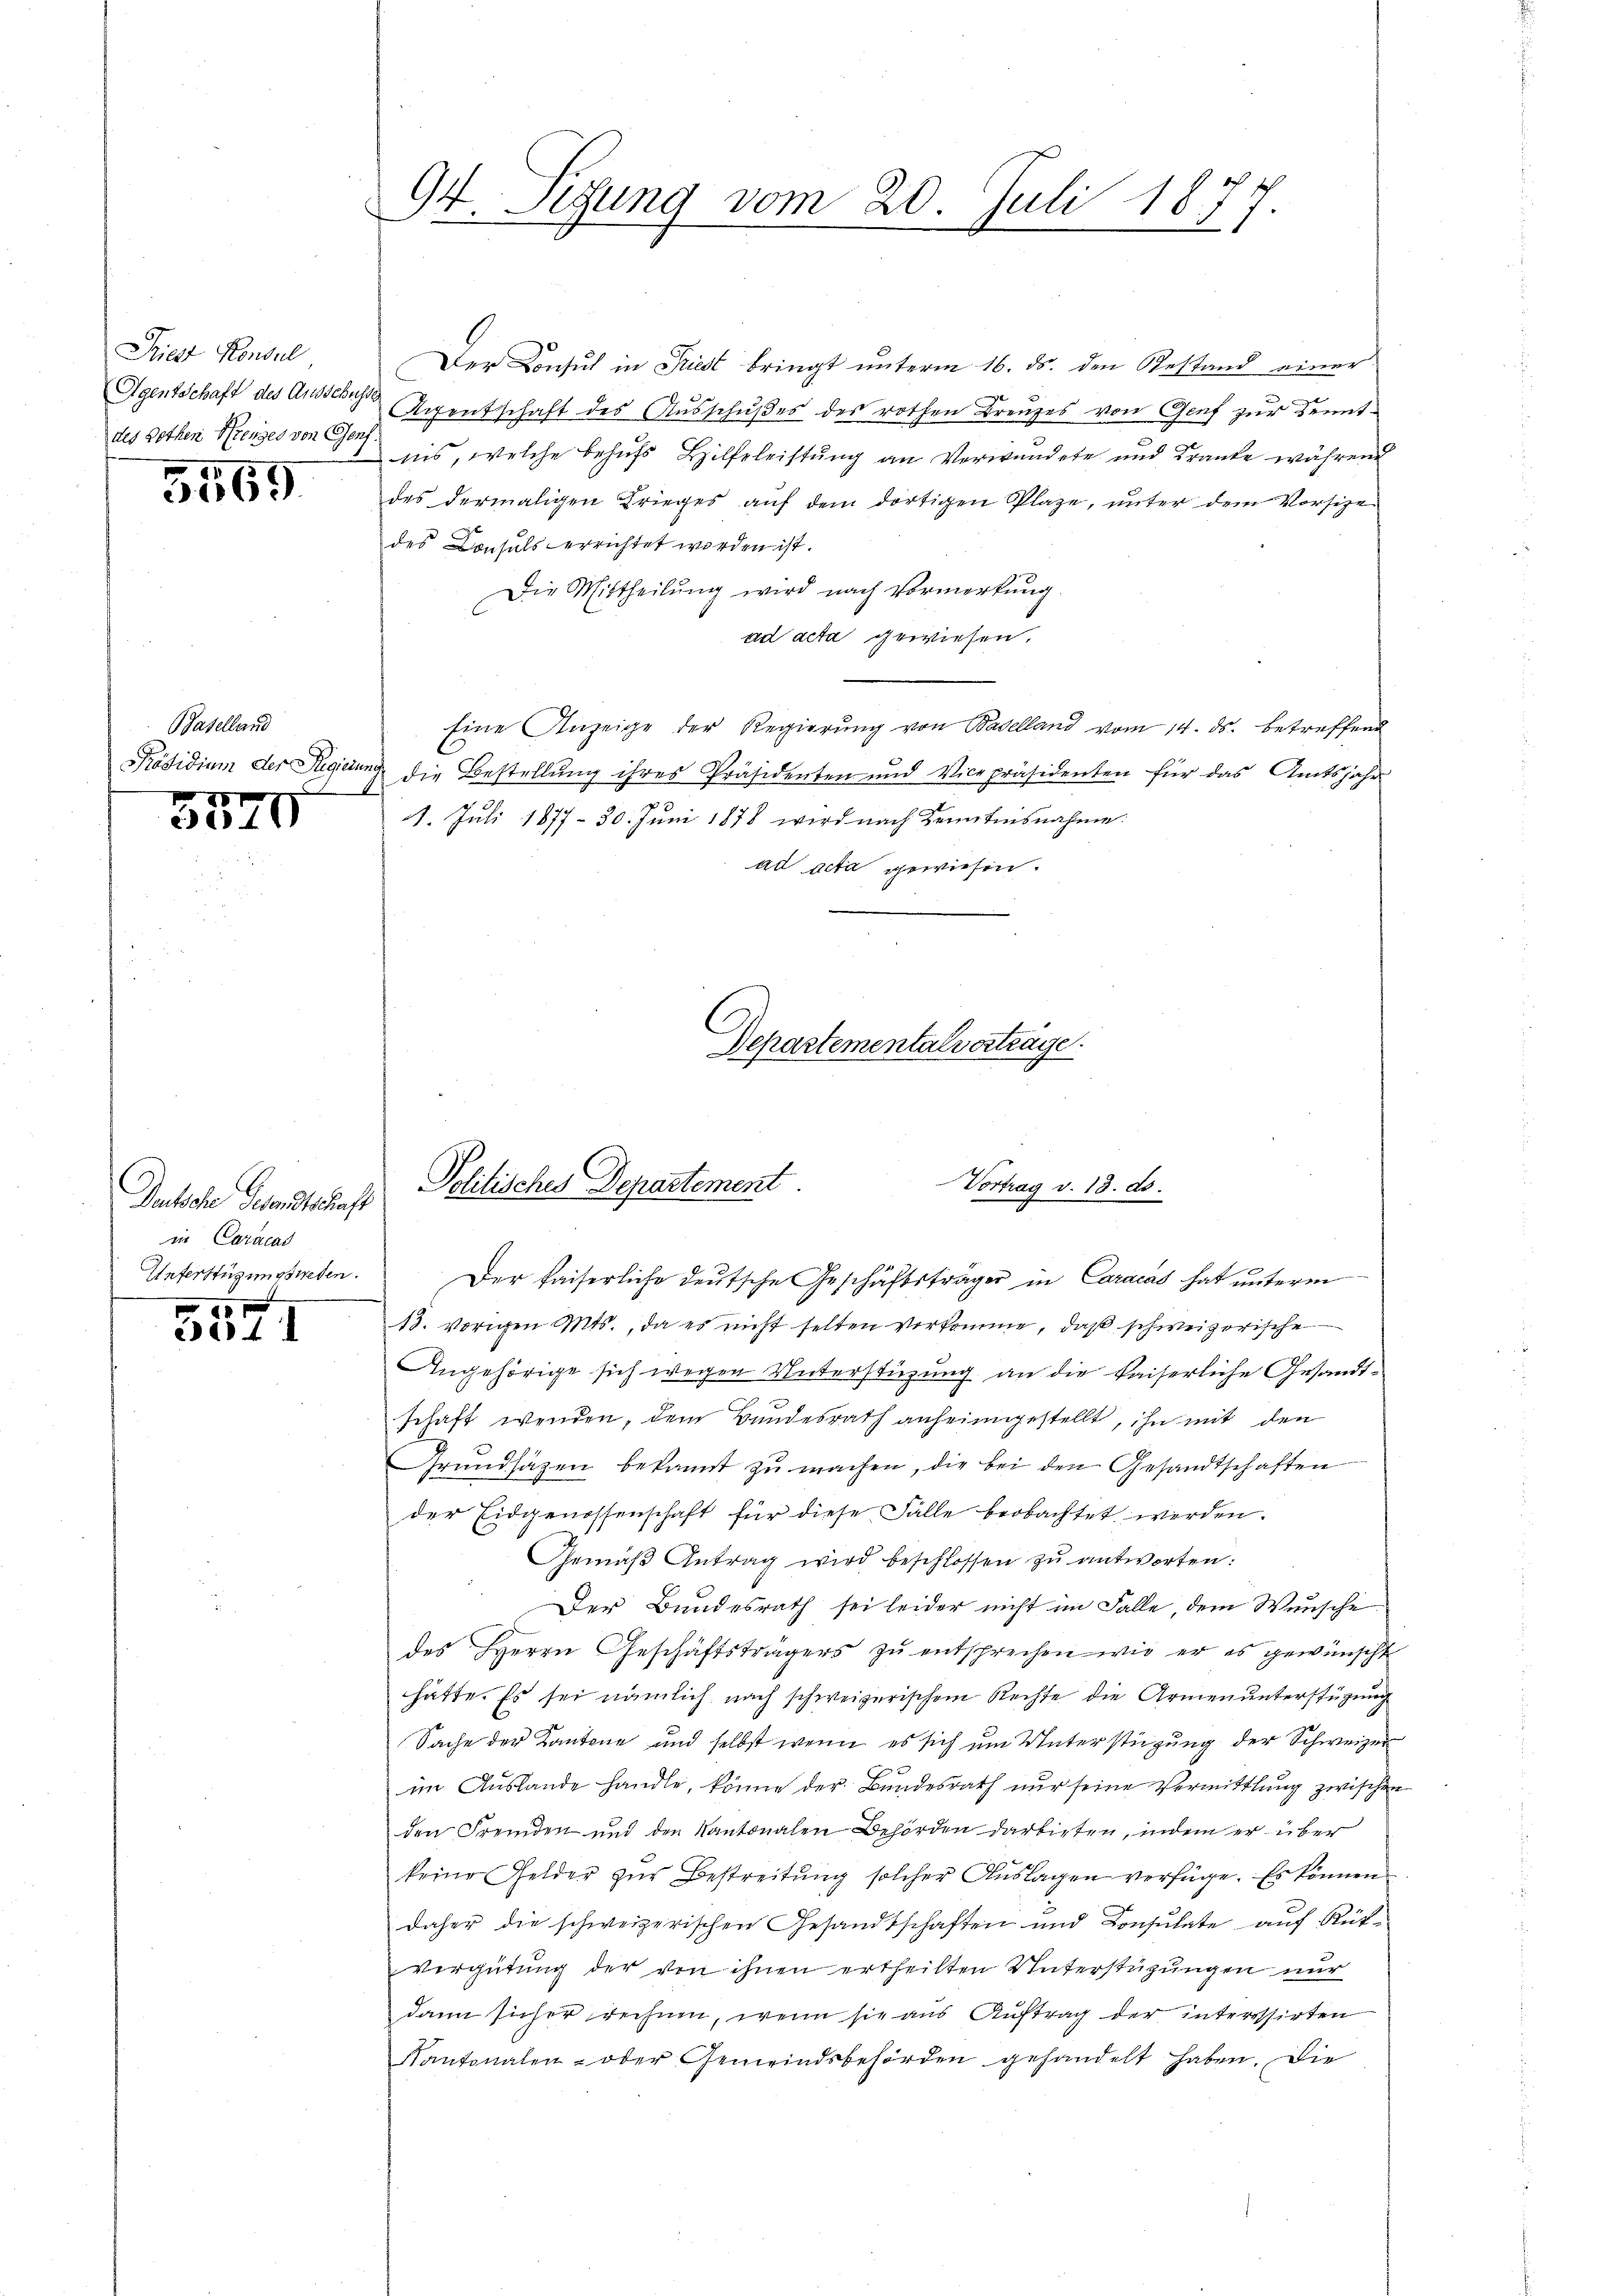
Priest Konsul
des Gothen Brenges von Geni

5569

Baselland
201

3010

Deutsche Gesandtschaft
in Caracas
Unferstüzungswesen.

s
x
24 I

.
17. Sitzung vom 20. Juli 1877.

Der Consul in Triest bringt unterm 16. ds. den Restand einer
Agentschaft des Aussche Regentschaft des Ausschußes des rothen Kreuzes von Genf zur Kenntnis, welche behufs Hilfeleistung an Verwundete und Kranke während
des dermaligen Krieges auf dem dortigen Plaze, unter dem Vorsitze
des Consuls errichtet worden ist.
Die Mittheilung wird nach Vormerkung.
ad acta gewiesen.
Eine Anzeige der Regierŭng von Baselland vom 14. ds. betreffend
Präsidium der Regierung die Bestellung ihres Präsidenten und Vicepräsidenten für das Amtsjahr
e
14. Juli 1877 - 30. Juni 1878 wird nach Kenntnisnahme.
ad acta gewiesen.

Politisches Departement
Vortrag v. 13. ds.

Departementalverträge.

Der kaiserliche deutsche Geschäftsträger in Caracas hat unterm
18. vorigen Mts., da es nicht selten verkomme, daß schweizerische
Angehörige sich wegen Unterstüzung an die kaiserliche Gesandtschaft wenden, dem Bundesrath anheimgestellt, ihn mit den
Grundsätzen bekannt zu machen, die bei den Gesandtschaften
der Eidgenossenschaft für diese Fälle beobachtet werden.
Gemäβ Antrag wird beschlossen zŭ antworten:
Der Bundesrath sei leider nicht im Falle, dem Wunsche
des Herrn Geschäftsträgers zŭ entsprechen wie er es gewünscht
hätte. Es sei nämlich nach schweizerischem Rechte die Armenunterstüzung
Sache der Kantone und selbst wenn es sich um Unterstüzung der Schweizer
im Auslande handle, könne der Bundesrath nur seine Vermittlung zwischen
den Fremden und den Kantonalen Behörden darbieten, indem er über
keine Gelder zŭr Bestreitŭng solcher Aŭslagen verfüge. Es können
daher die schweizerischen Gesandtschaften und Consulate auf Rükvergütung der von ihnen ertheilten Unterstüzungen nur
dann sicher rechnen, wenn sie aus Auftrag der interessirten
Kantonalen- oder Gemeindsbehörden gehandelt haben. Die